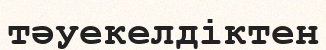
тәуекелдіктен